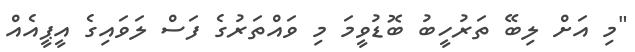
"މި އަށް ލިބޭ ތަރުހީބު ބޮޑުވީމަ މި ވައްތަރުގެ ފަސް ލަވައިގެ އީޕީއެއް